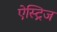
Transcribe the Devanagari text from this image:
ऐस्ट्रिज